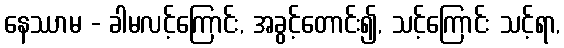
နေဿာမ - ခါမလင့်ကြောင်း, အခွင့်တောင်း၍, သင့်ကြောင်း သင့်ရာ,